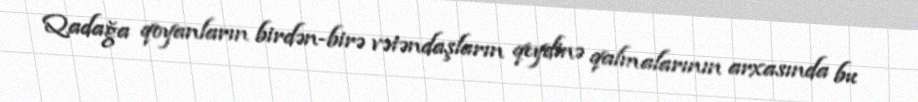
Qadağa qoyanların birdən-birə vətəndaşların qeydinə qalmalarının arxasında bu